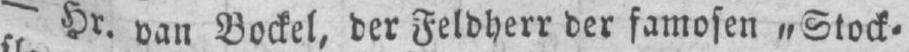
- Hr. van Bockel, der Feldherr der famosen „Stock⸗